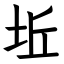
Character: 坵